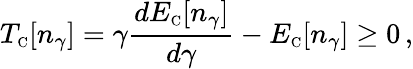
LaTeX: T_{\scriptscriptstyle\mathrm{C}}[n_{\gamma}]=\gamma\frac{dE_{\scriptscriptstyle\mathrm{C}}[n_{\gamma}]}{d\gamma}-E_{\scriptscriptstyle\mathrm{C}}[n_{\gamma}]\geq 0\, ,